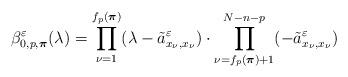
LaTeX: \begin{align*}\beta^\varepsilon_{0,p,\boldsymbol{\pi}}(\lambda)=\prod_{\nu=1}^{f_p(\boldsymbol{\pi})}(\lambda-\tilde{a}^\varepsilon_{x_\nu,x_\nu})\cdot \prod_{\nu=f_p(\boldsymbol{\pi})+1}^{N-n-p}(-\tilde{a}^\varepsilon_{x_\nu,x_\nu})\end{align*}